65_HS1-834228961_62-HQ-83894_Serial_164
Agency: FBI
Page 50
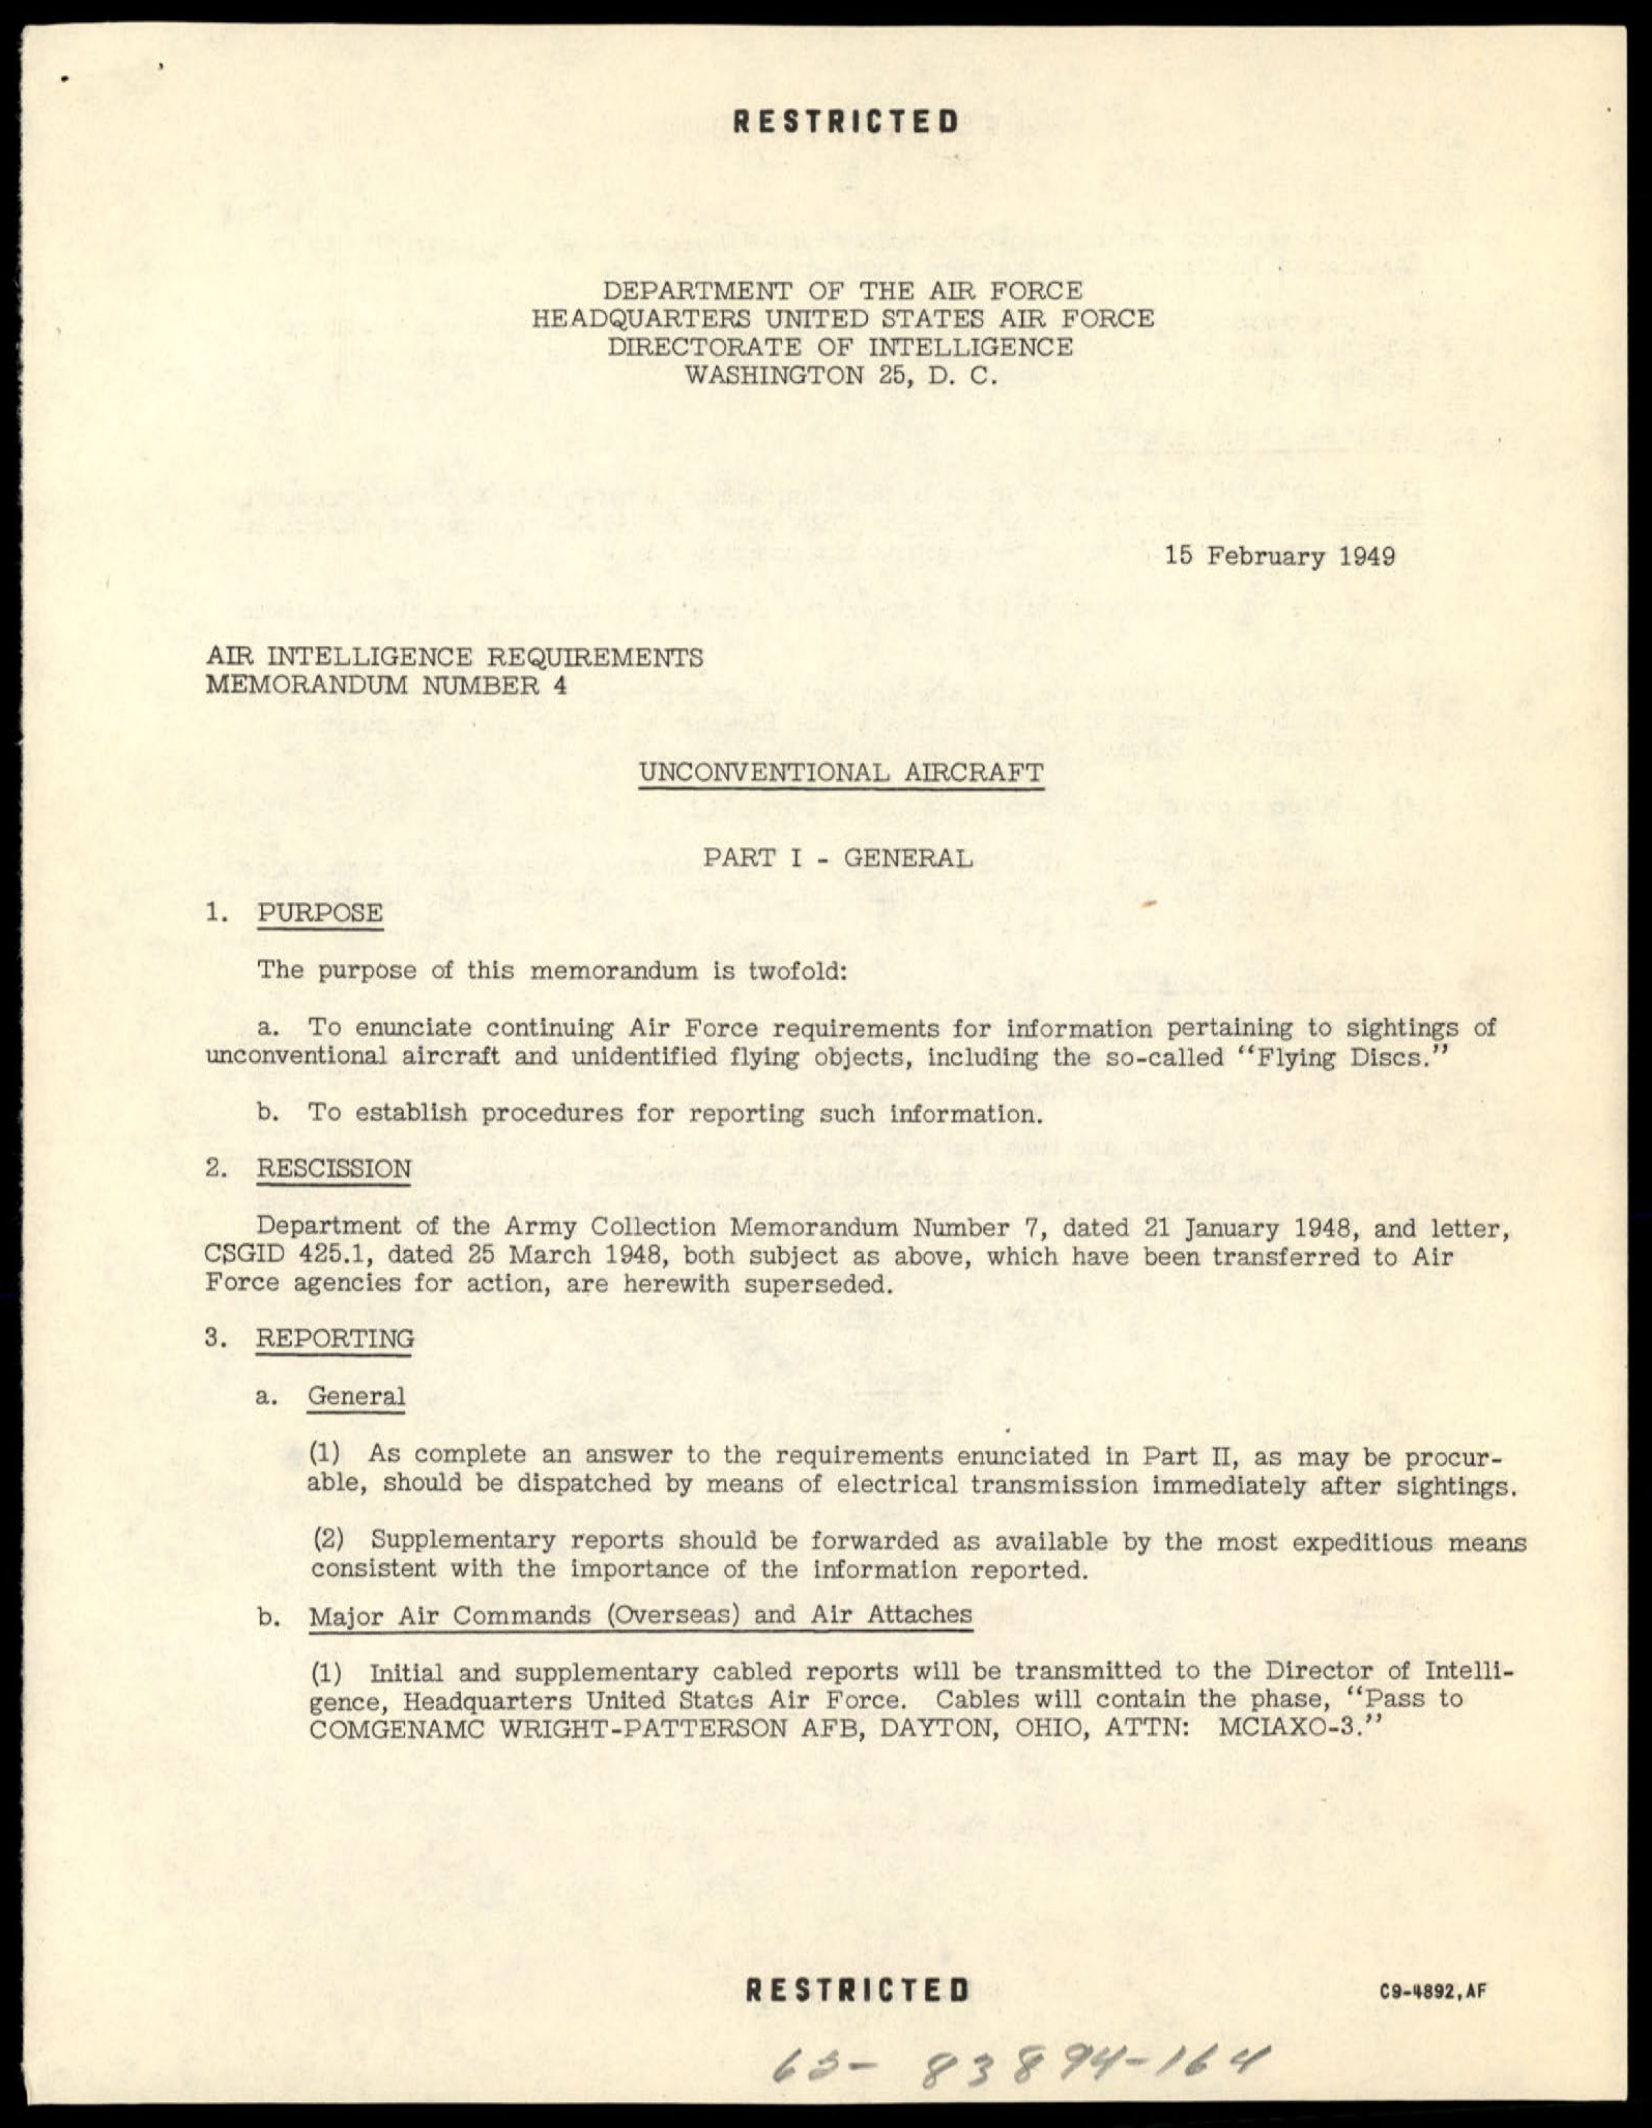